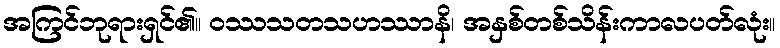
အကြင်ဘုရားရှင်၏။ ဝဿသတသဟဿာနိ၊ အနှစ်တစ်သိန်းကာလပတ်လုံး။